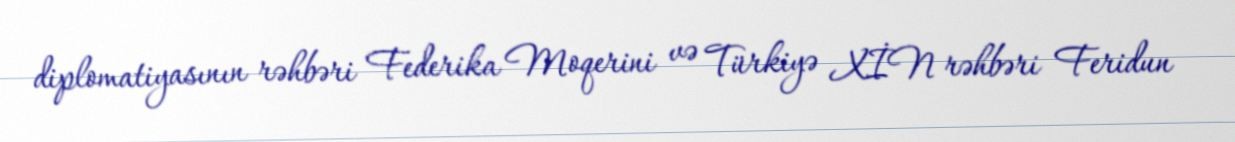
diplomatiyasının rəhbəri Federika Moqerini və Türkiyə XİN rəhbəri Feridun